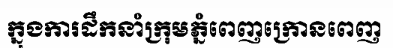
ក្នុងការដឹកនាំក្រុមភ្នំពេញក្រោនពេញ